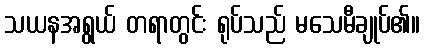
သယနအရွယ် တရာတွင်း ရုပ်သည် မသေမီချုပ်၏။